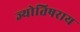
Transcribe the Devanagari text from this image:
ज्योतिषराय